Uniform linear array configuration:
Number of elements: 16
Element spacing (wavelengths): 1
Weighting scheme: blackman
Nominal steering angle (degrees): -60
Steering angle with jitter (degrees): -61.666
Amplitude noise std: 0.05
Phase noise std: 0.05

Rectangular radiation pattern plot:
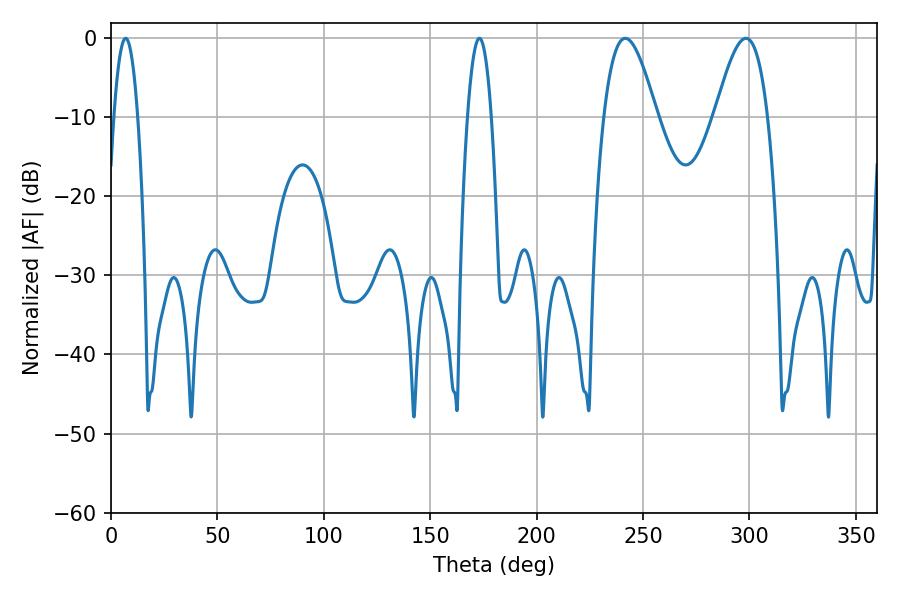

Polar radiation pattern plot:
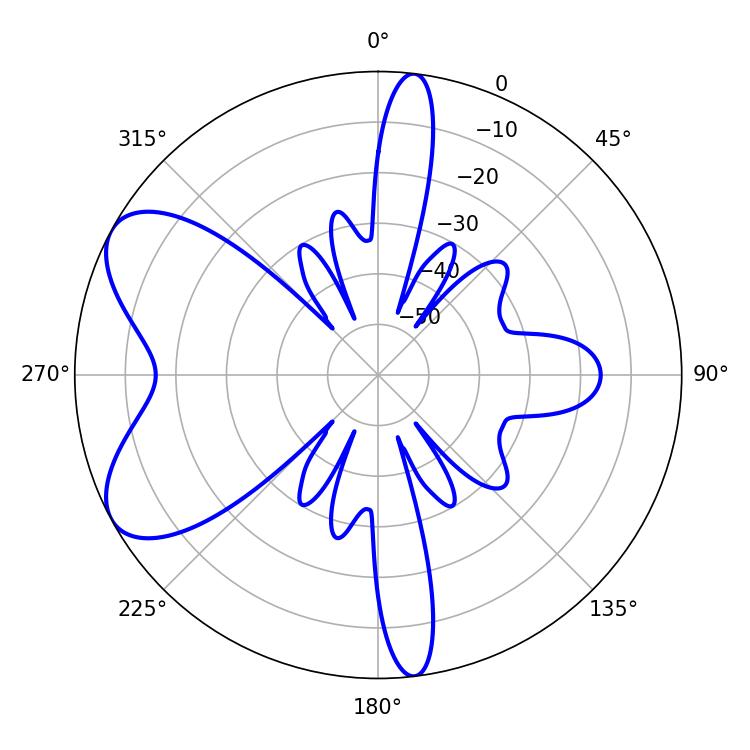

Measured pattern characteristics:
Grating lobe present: TRUE
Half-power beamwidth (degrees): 13.5
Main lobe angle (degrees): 298.26